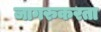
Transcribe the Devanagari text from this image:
जागरुकरता